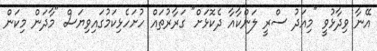
އޭނާ ވިދާޅުވީ "މިއަދު ސްރީ ލަންކާއާ ދެކޮޅަށް" ގަރާރުތައް ހުށަހެޅިކަމުގައިވިޔަސް "މާދަން މިކަން